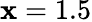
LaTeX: \mathbf{x}=1.5